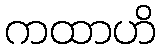
ကထာဟိ